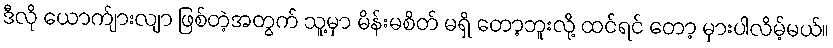
ဒီလို ယောက်ျားလျာ ဖြစ်တဲ့အတွက် သူ့မှာ မိန်းမစိတ် မရှိ တော့ဘူးလို့ ထင်ရင် တော့ မှားပါလိမ့်မယ်။